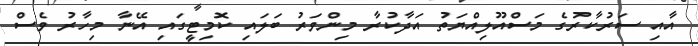
އާއި ސަރުކާރުގެ މަސްއޫލިއްޔަތު އަދާކުރާ މިންވަރު ބަލައި ކޮމިޓީގައި އޭނާ މިހާރު ވެސް